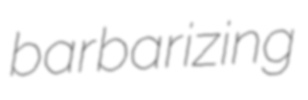
barbarizing